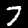
Label: 7